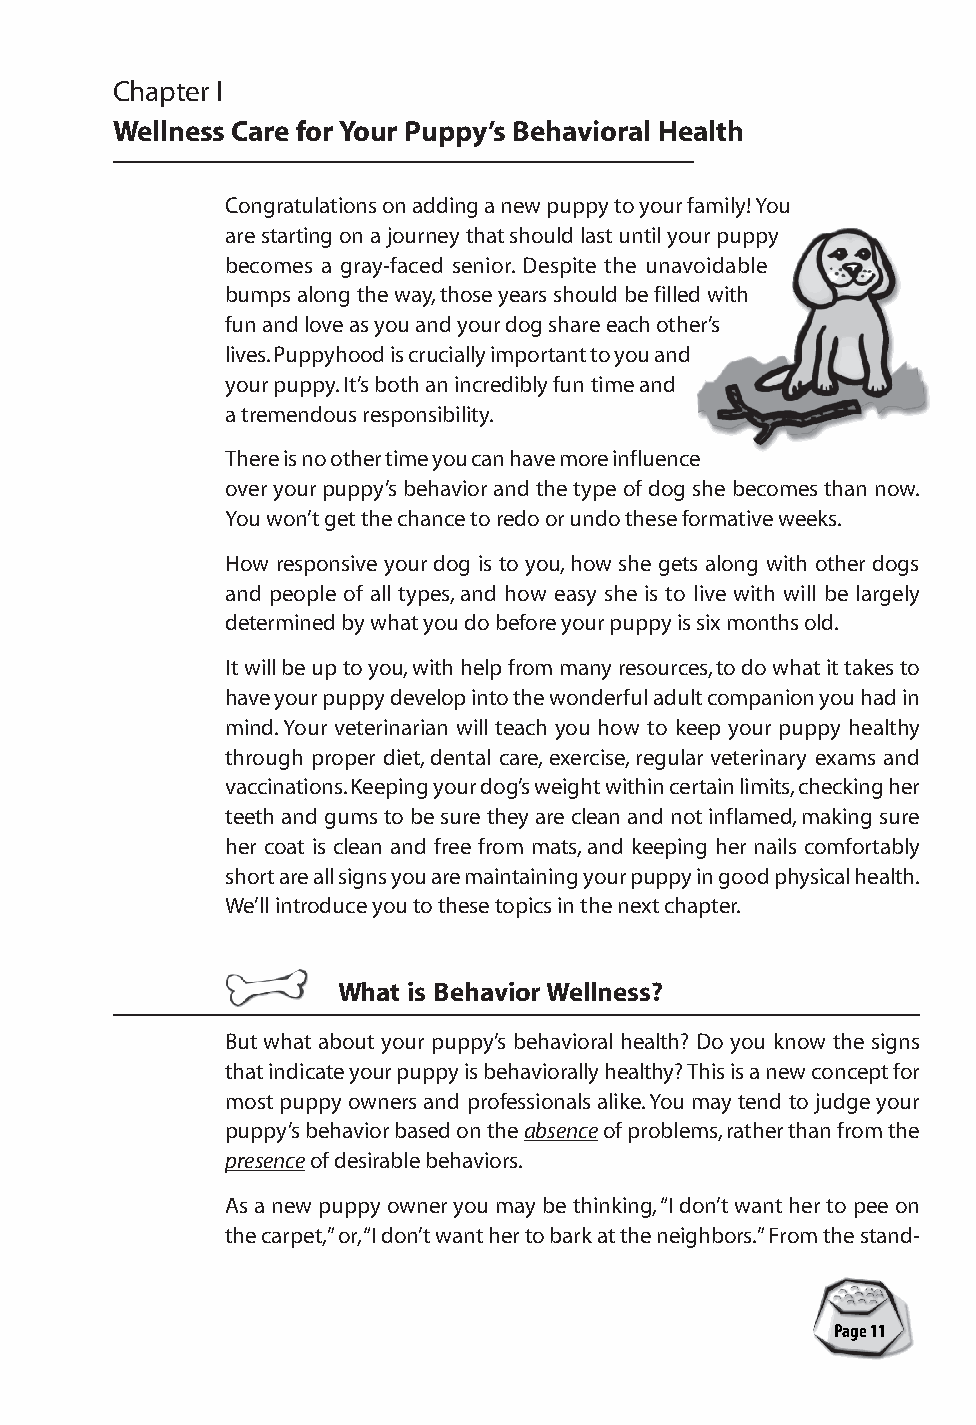
Chapter I
 Wellness Care for Your Puppy’s Behavioral Health
 Congratulations on adding a new puppy to your family! You
 are starting on a journey that should last until your puppy
 becomes a gray-faced senior. Despite the unavoidable
 bumps along the way, those years should be filled with
 fun and love as you and your dog share each other’s
 lives. Puppyhood is crucially important to you and
 your puppy. It’s both an incredibly fun time and
 a tremendous responsibility.
 There is no other time you can have more influence
 over your puppy’s behavior and the type of dog she becomes than now.
 You won’t get the chance to redo or undo these formative weeks.
 How responsive your dog is to you, how she gets along with other dogs
 and people of all types, and how easy she is to live with will be largely
 determined by what you do before your puppy is six months old.
 It will be up to you, with help from many resources, to do what it takes to
 have your puppy develop into the wonderful adult companion you had in
 mind. Your veterinarian will teach you how to keep your puppy healthy
 through proper diet, dental care, exercise, regular veterinary exams and
 vaccinations. Keeping your dog’s weight within certain limits, checking her
 teeth and gums to be sure they are clean and not inflamed, making sure
 her coat is clean and free from mats, and keeping her nails comfortably
 short are all signs you are maintaining your puppy in good physical health.
 We’ll introduce you to these topics in the next chapter.
 What is Behavior Wellness?
 But what about your puppy’s behavioral health? Do you know the signs
 that indicate your puppy is behaviorally healthy? This is a new concept for
 most puppy owners and professionals alike. You may tend to judge your
 puppy’s behavior based on the absence of problems, rather than from the
 presence of desirable behaviors.
 As a new puppy owner you may be thinking, “I don’t want her to pee on
 the carpet,” or, “I don’t want her to bark at the neighbors.” From the stand-
 A Pet Parenting Guide
 Page 11